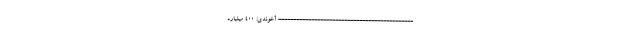
--------------------------------------------- آخوندی: ۴۰۰ میلیارد